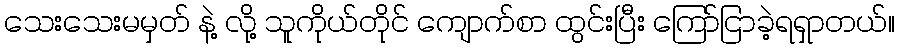
သေးသေးမမှတ် နဲ့ လို့ သူကိုယ်တိုင် ကျောက်စာ ထွင်းပြီး ကြော်ငြာခဲ့ရရှာတယ်။